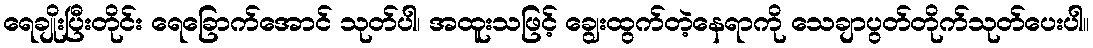
ရေချိုးပြီးတိုင်း ရေခြောက်အောင် သုတ်ပါ၊ အထူးသဖြင့် ချွေးထွက်တဲ့နေရာကို သေချာပွတ်တိုက်သုတ်ပေးပါ။